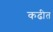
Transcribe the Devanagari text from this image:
कढीत